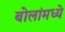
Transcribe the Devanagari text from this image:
बोलांमध्ये